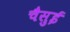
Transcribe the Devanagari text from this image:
चैसुई